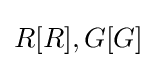
R[R],G[G]